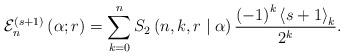
LaTeX: \begin{align*}\mathcal{E}_{n}^{\left( s+1\right) }\left( \alpha;r\right) =\sum_{k=0}^{n}S_{2}\left( n,k,r\mid\alpha\right) \frac{\left( -1\right)^{k}\left\langle s+1\right\rangle _{k}}{2^{k}}. \end{align*}